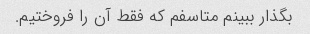
بگذار ببینم متاسفم که فقط آن را فروختیم.